Leaving Certificate Examination, 1904
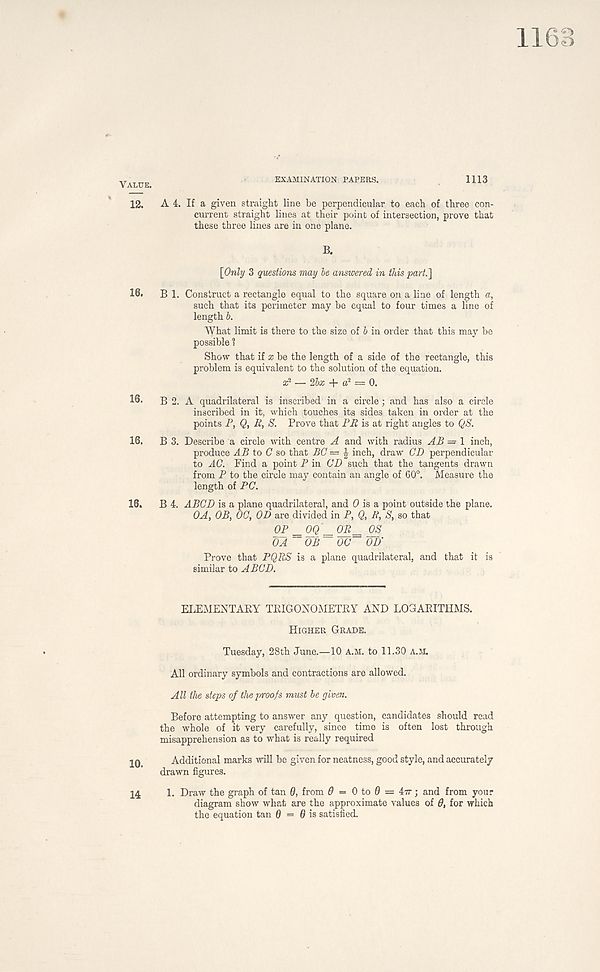
1163
Value.
12.
16.
16.
16.
16.
10.
14
EXAMINATION PAPERS.
1113
A 4. If a given straight line be perpendicular to each of three con-
current straight lines at their point of intersection, prove that
these three lines are in one plane.
B.
[Only 3 questions may be answered in this part.' ]
B 1. Construct a rectangle equal to the square on a line of length a,
such that its perimeter may be equal to four times a line of
length b.
What limit is there to the size of b in order that this may be
possible ?
Show that if x be the length of a side of the rectangle, this
problem is equivalent to the solution of the equation.
— 25* 4- a 2 = 0.
B 2. A quadrilateral is inscribed in a circle; and has also a circle
inscribed in it, which touches its sides taken in order at the
points P, Q, B, S. Prove that PE is at right angles to QS.
B 3. Describe a circle with centre A and with radius AP — 1 inch,
produce AB to C so that BC = J inch, draw CD perpendicular
to AC. Find a point P in CD such that the tangents drawn
from P to the circle may contain an angle of 60°. Measure the
length of PC.
B 4. ABCD is a plane quadrilateral, and 0 is a point outside the plane.
OA, OB, OC, OD are divided in P, Q, E, S, so that
OP == 0Q' = qR = OS
OA OB OC OD'
Prove that PQRS is a plane quadrilateral, and that it is
similar to ABCD.
ELEMENTARY TRIGONOMETRY AND LOGARITHMS.
Higher Grade.
Tuesday, 28th June.—10 A.M. to 11.30 a.m.
All ordinary symbols and contractions are allowed.
All the steps of the proofs must be given.
Before attempting to answer any question, candidates should read
the whole of it very carefully, since time is often lost through
misapprehension as to what is really required
Additional marks will be given for neatness, good style, and accurately
drawn figures.
1. Draw the graph of tan 9, from 0 = 0 to 0 = 47T; and from your
diagram show what are the approximate values of 0, for which
the equation tan 0 = 0 is satisfied.